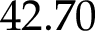
4 2 . 7 0